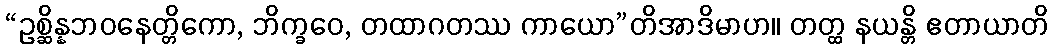
“ဥစ္ဆိန္နဘဝနေတ္တိကော, ဘိက္ခဝေ, တထာဂတဿ ကာယော”တိအာဒိမာဟ။ တတ္ထ နယန္တိ ဧတာယာတိ